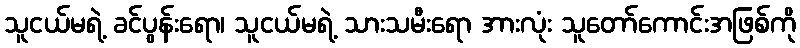
သူငယ်မရဲ့ ခင်ပွန်းရော၊ သူငယ်မရဲ့ သားသမီးရော အားလုံး သူတော်ကောင်းအဖြစ်ကို